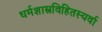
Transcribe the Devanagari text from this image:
धर्मशास्त्रविहितस्यर्वा